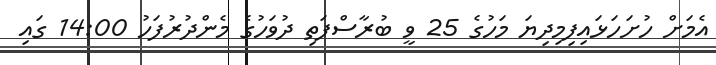
އެމަށް ހުށަހަޅައިފިމިދިޔަ މަހުގެ 25 ވީ ބުރާސްފަތި ދުވަހުގެ މެންދުރުފަހު 14:00 ގައި